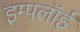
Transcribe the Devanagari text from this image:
इम्पलॉई